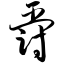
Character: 爵